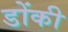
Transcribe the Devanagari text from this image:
डोंकी